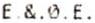
E.&.0.E.